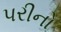
પરીનો